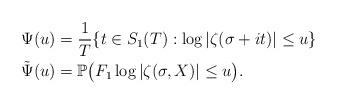
LaTeX: \begin{align*}\Psi(u)&= \frac{1}{T} \{t\in S_1(T) : \log|\zeta(\sigma+it)|\leq u\}\\\tilde{\Psi}(u)&= \mathbb{P}\big(F_1 \log|\zeta(\sigma, X)|\leq u\big).\end{align*}